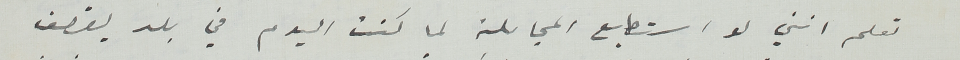
تعلم انني لو استطيع المجاملة لما كنت اليوم في بلد يقصف